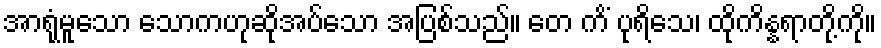
အာရုံမူသော သောကဟုဆိုအပ်သော အပြစ်သည်။ တေ ကိံ ပုရိသေ၊ ထိုကိန္နရာတို့ကို။